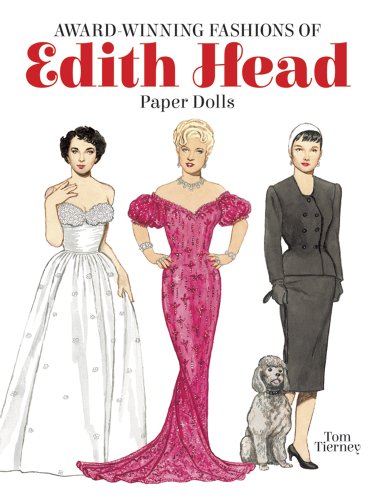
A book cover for Award-Winning Fashions of Edith Head Paper Dolls; Tom Tierney; Crafts, Hobbies & Home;